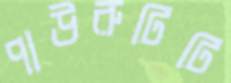
পাউরুটিটি